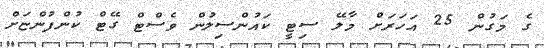
ގެ މަގުން 25 އަހަރަށް މާލޭ ސިޓީ ކައުންސިލުން ވެސްޓް ގޭޓް ކުންފުންޏަށް